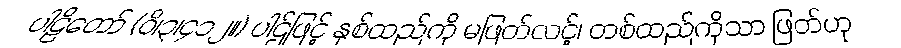
ပါဠိတော် (ဝိ၊၃၊၄၁၂။) ပါဌ်ဖြင့် နှစ်ထည်ကို မဖြတ်လင့်၊ တစ်ထည်ကိုသာ ဖြတ်ဟု